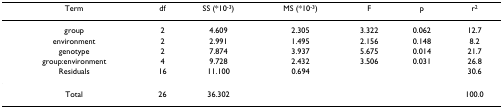
| Term | df | SS (*10-3) | MS (*10-3) | F | p | r2 |
 | --- | --- | --- | --- | --- | --- | --- |
 | group | 2 | 4.609 | 2.305 | 3.322 | 0.062 | 12.7 |
 | environment | 2 | 2.991 | 1.495 | 2.156 | 0.148 | 8.2 |
 | genotype | 2 | 7.874 | 3.937 | 5.675 | 0.014 | 21.7 |
 | group:environment | 4 | 9.728 | 2.432 | 3.506 | 0.031 | 26.8 |
 | Residuals | 16 | 11.100 | 0.694 |  |  | 30.6 |
 | Total | 26 | 36.302 |  |  |  | 100.0 |